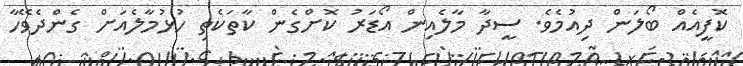
ކޮފީއެއް ބޯލަން ދިއުމެވެ. ސީދާ މާލެއިން އޯޑަރު ކޮށްގެން ކާތަކެތި ހުޅުމާލެއަށް ގެންދެވޭހާ